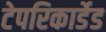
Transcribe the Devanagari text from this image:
टेपरिकार्डेड